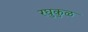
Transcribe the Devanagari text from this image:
रघुकुळ